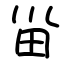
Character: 甾